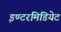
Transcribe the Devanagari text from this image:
इण्टरमिडियेट